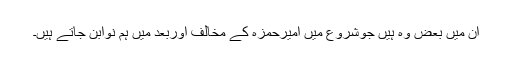
ان میں بعض وہ ہیں جوشروع میں امیرحمزہ کے مخالف اوربعد میں ہم نوابن جاتے ہیں۔